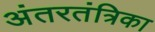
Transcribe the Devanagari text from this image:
अंतरतंत्रिका